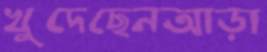
খুদেছেনআড়া